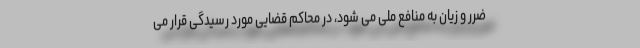
ضرر و زیان به منافع ملی می شود، در محاکم قضایی مورد رسیدگی قرار می